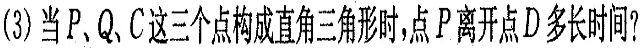
(3)当P、Q、C这三个点构成直角三角形时，点P离开点D多长时间？